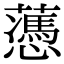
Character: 𧂋